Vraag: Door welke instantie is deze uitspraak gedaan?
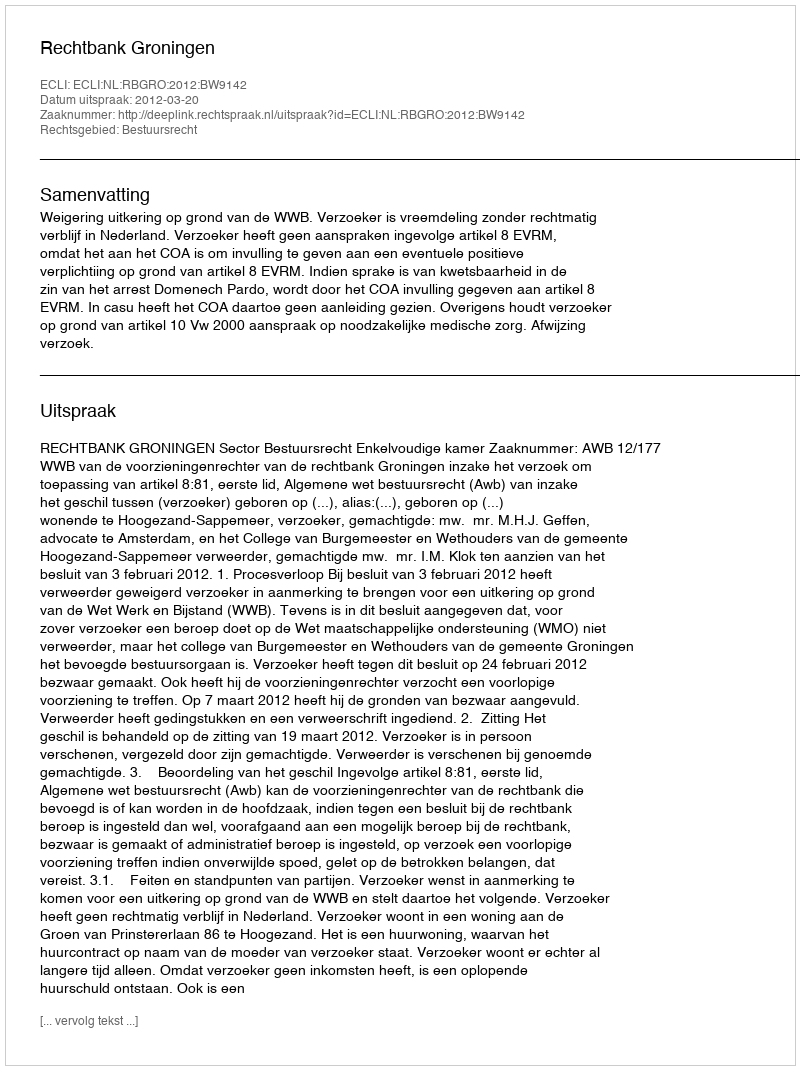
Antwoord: Rechtbank Groningen